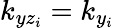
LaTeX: k_{yz_{i}}=k_{y_{i}}